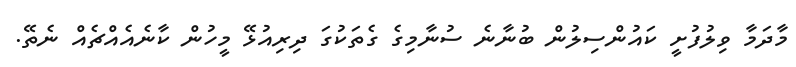
މާދަމާ ވިލުފުށީ ކައުންސިލުން ބުނާނެ ސުނާމިގެ ގެތަކުގަ ދިރިއުޅޭ މީހުން ކާނެއެއްޗެއް ނެތޭ.